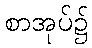
စာအုပ်၌